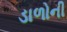
ડાળોની